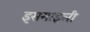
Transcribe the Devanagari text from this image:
इसमाइली